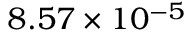
8 . 5 7 \times 1 0 ^ { - 5 }